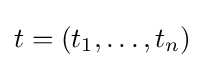
t=(t_{1},\ldots ,t_{n})